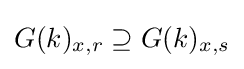
G(k)_{x,r}\supseteq G(k)_{x,s}